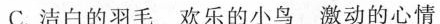
C.洁白的羽毛欢乐的小鸟激动的心情